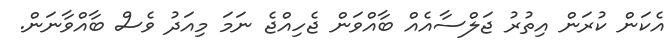
އެކަން ކުރަން އިތުރު ޖަލްސާއެއް ބާއްވަން ޖެހިއްޖެ ނަމަ މިއަދު ވެސް ބާއްވާނަން.